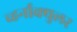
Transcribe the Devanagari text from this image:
व्हर्नाक्‍युलर